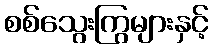
စစ်သွေးကြွများနှင့်